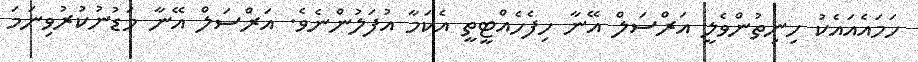
ހަމައެއައެކު ހިނިތުންވެލީ އަރްސަލް އޭނާ ހިފެހެއްޓީތީ އެކަމާ އުފަލުންނެވެ. އަރްސަލް އޭނާ މަޑުނުކުރުވިނަމަ